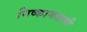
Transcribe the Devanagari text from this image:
निष्कामजापी